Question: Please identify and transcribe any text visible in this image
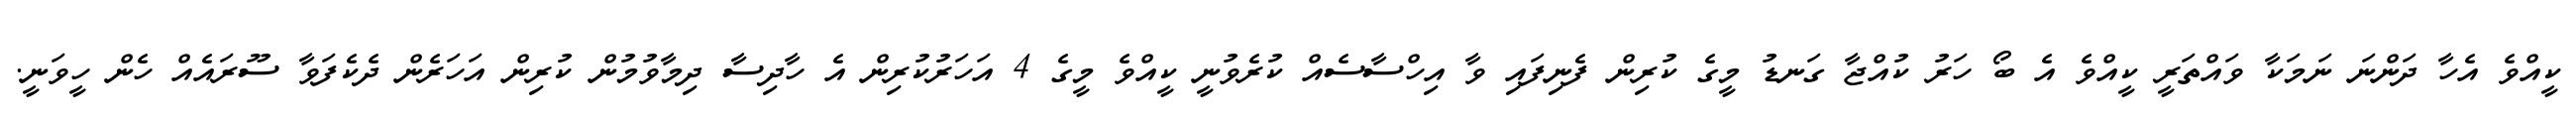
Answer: ކީއްވެ އެހާ ދަންނަ ނަމަކާ ވައްތަރީ ކީއްވެ އެ ބޯ ހަރު ކުއްޖާ ގަނޑު މީގެ ކުރިން ފެނިފައި ވާ އިހްސާސެއް ކުރެވުނީ ކީއްވެ މީގެ 4 އަހަރުކުރިން އެ ހާދިސާ ދިމާވުމުން ކުރިން އަހަރެން ދެކެފަވާ ސޫރައެއް ހެން ހީވަނީ.